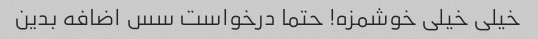
خیلی خیلی خوشمزه! حتما درخواست سس اضافه بدین